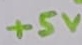
Text: +5V